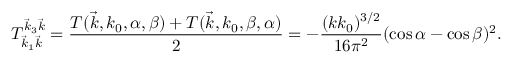
T _ { \vec { k } _ { 1 } \vec { k } } ^ { \vec { k } _ { 3 } \vec { k } } = \frac { T ( \vec { k } , k _ { 0 } , \alpha , \beta ) + T ( \vec { k } , k _ { 0 } , \beta , \alpha ) } { 2 } = - \frac { ( k k _ { 0 } ) ^ { 3 / 2 } } { 1 6 \pi ^ { 2 } } ( \cos \alpha - \cos \beta ) ^ { 2 } .